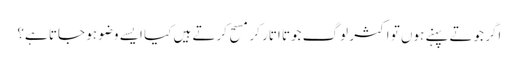
اگر جوتے پہنے ہوں تو اکثر لوگ جوتا اتار کر مسح کرتے ہیں کیا ایسے وضو ہو جاتا ہے؟